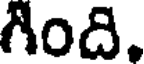
గింది.